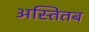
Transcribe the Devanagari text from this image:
अस्तितब